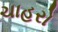
ચાહરો